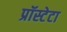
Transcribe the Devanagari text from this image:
प्रॉस्टेटा